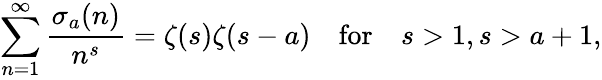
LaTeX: \sum_{n=1}^{\infty}{\frac{\sigma_{a}(n)}{n^{s}}}=\zeta(s)\zeta(s-a)\quad{\mathrm{for}}\quad s>1,s>a+1,